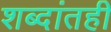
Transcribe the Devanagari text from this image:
शब्दांतही